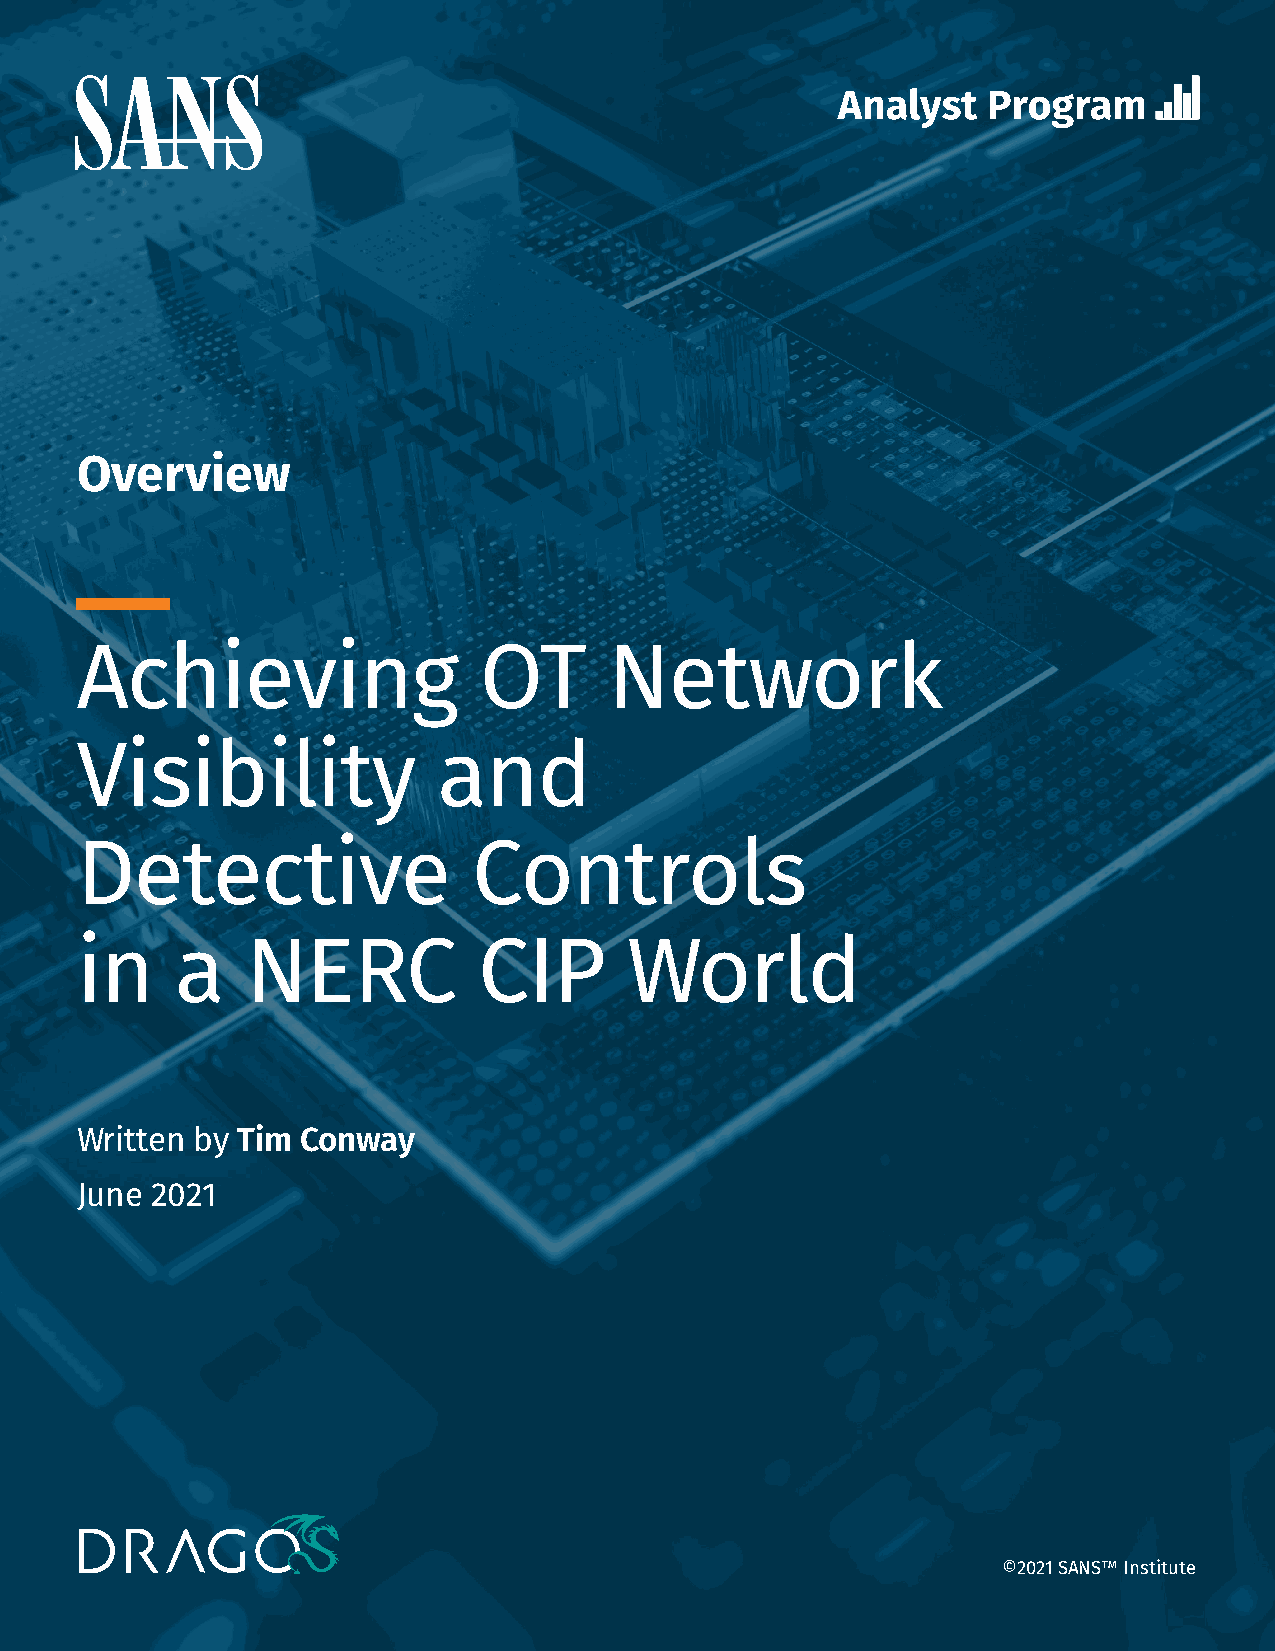
Overview
 Achieving                  OT      Network
 Visibility              and
 Detective                 Controls
 in     a   NERC            CIP      World
 Written by Tim Conway
 June 2021
 ©2021 SANS™ Institute
 Achieving OT Network Visibility and Detective Controls in a NERC CIP World 1